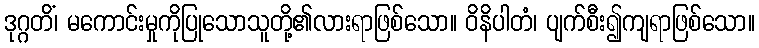
ဒုဂ္ဂတိံ၊ မကောင်းမှုကိုပြုသောသူတို့၏လားရာဖြစ်သော။ ဝိနိပါတံ၊ ပျက်စီး၍ကျရာဖြစ်သော။